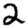
Digit: 2